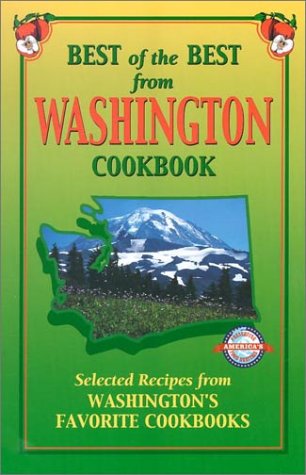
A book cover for Best of the Best from Washington Cookbook: Selected Recipes from Washington's Favorite Cookbooks (Best of the Best Cookbook); Cookbooks, Food & Wine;